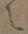
之